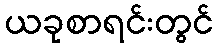
ယခုစာရင်းတွင်